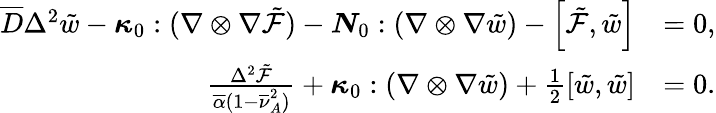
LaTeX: \begin{array}{rl}{\overline{{D}}\Delta^{2}\tilde{w}-\boldsymbol{{\kappa}}_{0}:(\nabla\otimes\nabla{\tilde{\mathcal{F}}})-\boldsymbol{{N}}_{0}:(\nabla\otimes\nabla\tilde{w})-\left[\tilde{\mathcal{F}},\tilde{w}\right]}&{=0,}\\ {\frac{\Delta^{2}\tilde{\mathcal{F}}}{\overline{{\alpha}}(1-\overline{{\nu}}_{A}^{2})}+\boldsymbol{{\kappa}}_{0}:(\nabla\otimes\nabla\tilde{w})+\frac{1}{2}\left[\tilde{w},\tilde{w}\right]}&{=0.}\end{array}